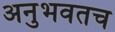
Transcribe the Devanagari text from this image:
अनुभवतच